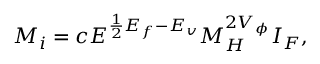
{ \cal M } _ { i } = c E ^ { \frac { 1 } { 2 } E _ { f } - E _ { v } } M _ { H } ^ { 2 V _ { \phi } } I _ { F } ,